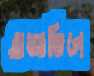
ব্রাজাভিলে